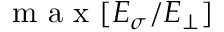
\mathrm { ~ m ~ a ~ x ~ } [ E _ { \sigma } / E _ { \perp } ]